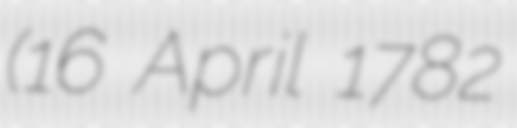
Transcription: (16 April 1782